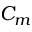
C _ { m }